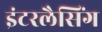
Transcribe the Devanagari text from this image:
इंटरलैसिंग